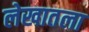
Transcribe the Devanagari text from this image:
लेखातला